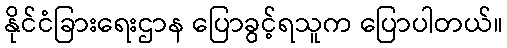
နိုင်ငံခြားရေးဌာန ပြောခွင့်ရသူက ပြောပါတယ်။